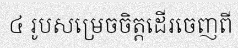
៤ រូបសម្រេចចិត្តដើរចេញពី